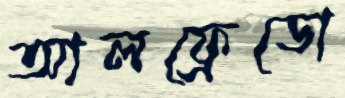
আলফ্রেডো